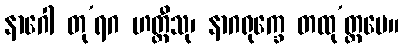
နာဂေါ တု’ရဂ ဟတ္ထီသု၊ နာဂရုက္ခေ တထု’တ္တမေ။